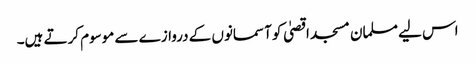
اس لیے مسلمان مسجد اقصیٰ کو آسمانوں کے دروازے سے موسوم کرتے ہیں۔